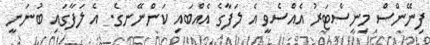
ފިނޭންސް މިނިސްޓަރު އެއްސެވީ އެ ލަފާގެ އެއްބައި ކަންނޭނގެ. އެ ލަފާގައި ބުނަނީ